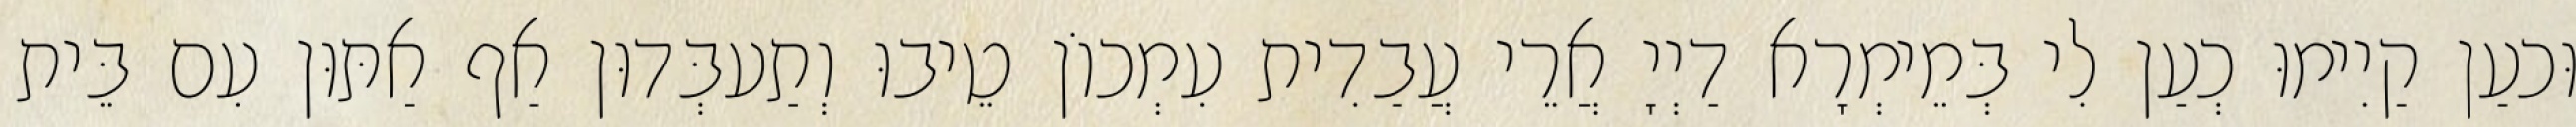
וּכעַן קַיִימוּ כְעַן לִי בְּמֵימְרָא דַיְיָ אֲרֵי עֲבַדִית עִמְכוֹן טֵיבוּ וְתַעבְּדוּן אַף אַתּוּן עִם בֵּית